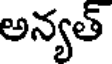
అన్యత్